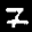
Label: 7